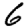
Digit: 6